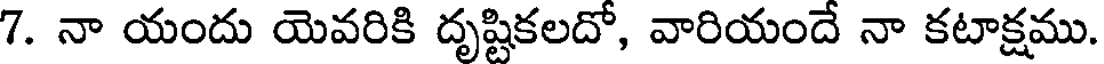
7. నా యందు యెవరికి దృష్టికలదో, వారియందే నా కటాక్షము.